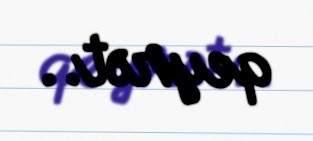
qeyrət..